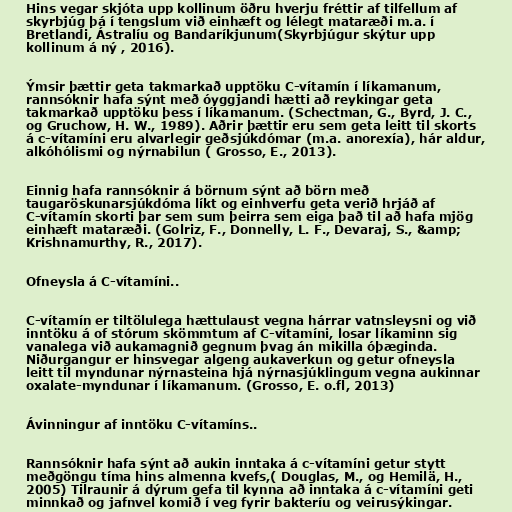
Hins vegar skjóta upp kollinum öðru hverju fréttir af tilfellum af
skyrbjúg þá í tengslum við einhæft og lélegt mataræði m.a. í
Bretlandi, Ástralíu og Bandaríkjunum(Skyrbjúgur skýtur upp
kollinum á ný , 2016).

Ýmsir þættir geta takmarkað upptöku C-vítamín í líkamanum,
rannsóknir hafa sýnt með óyggjandi hætti að reykingar geta
takmarkað upptöku þess í líkamanum. (Schectman, G., Byrd, J. C.,
og Gruchow, H. W., 1989). Aðrir þættir eru sem geta leitt til skorts
á c-vítamíni eru alvarlegir geðsjúkdómar (m.a. anorexía), hár aldur,
alkóhólismi og nýrnabilun ( Grosso, E., 2013).

Einnig hafa rannsóknir á börnum sýnt að börn með
taugaröskunarsjúkdóma líkt og einhverfu geta verið hrjáð af
C-vítamín skorti þar sem sum þeirra sem eiga það til að hafa mjög
einhæft mataræði. (Golriz, F., Donnelly, L. F., Devaraj, S., &amp;
Krishnamurthy, R., 2017).

Ofneysla á C-vítamíni..

C-vítamín er tiltölulega hættulaust vegna hárrar vatnsleysni og við
inntöku á of stórum skömmtum af C-vítamíni, losar líkaminn sig
vanalega við aukamagnið gegnum þvag án mikilla óþæginda.
Niðurgangur er hinsvegar algeng aukaverkun og getur ofneysla
leitt til myndunar nýrnasteina hjá nýrnasjúklingum vegna aukinnar
oxalate-myndunar í líkamanum. (Grosso, E. o.fl, 2013)

Ávinningur af inntöku C-vítamíns..

Rannsóknir hafa sýnt að aukin inntaka á c-vítamíni getur stytt
meðgöngu tíma hins almenna kvefs,( Douglas, M., og Hemilä, H.,
2005) Tilraunir á dýrum gefa til kynna að inntaka á c-vítamíni geti
minnkað og jafnvel komið í veg fyrir bakteríu og veirusýkingar.